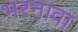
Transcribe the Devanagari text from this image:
भरनावा